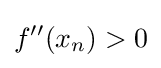
f''(x_{n})>0